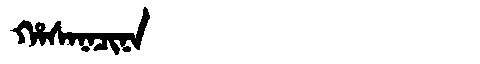
Manchu: ᡥᠠᠰᠠᠨᠠᠴᡳᠨᠠ
Romanization: HASANACINA